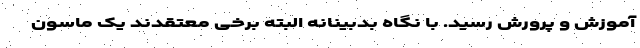
آموزش و پرورش رسید. با نگاه بدبینانه البته برخی معتقدند یک ماسون